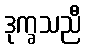
ဒုက္ခသညီ